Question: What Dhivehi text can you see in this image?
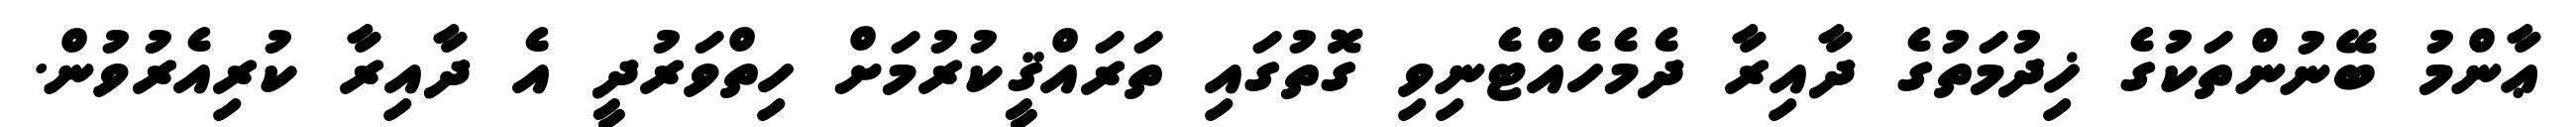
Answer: ޢާންމު ބޭނުންތަކުގެ ޚިދުމަތުގެ ދާއިރާ ދެމެހެއްޓެނިވި ގޮތުގައި ތަރައްޤީކުރުމަށް ހިތްވަރުދީ އެ ދާއިރާ ކުރިއެރުވުން.